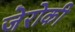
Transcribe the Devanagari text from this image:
जेरोकी